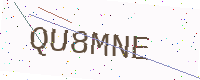
Text: QU8MNE